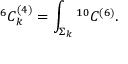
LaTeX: { } ^ { 6 } C _ { k } ^ { ( 4 ) } = \int _ { \Sigma _ { k } } { } ^ { 1 0 } C ^ { ( 6 ) } .